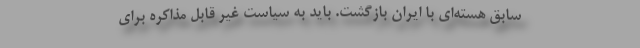
سابق هسته‌ای با ایران بازگشت. باید به سیاست غیر قابل مذاکره برای